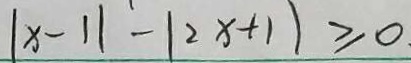
\vert x - 1 \vert - \vert 2 x + 1 \vert \geq 0 .